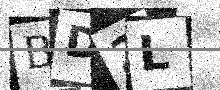
Text: BD2L